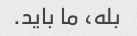
بله، ما باید.